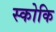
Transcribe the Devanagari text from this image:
स्कोकि